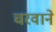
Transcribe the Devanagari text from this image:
चरवाने